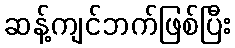
ဆန့်ကျင်ဘက်ဖြစ်ပြီး